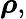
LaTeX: {\boldsymbol{\rho}},